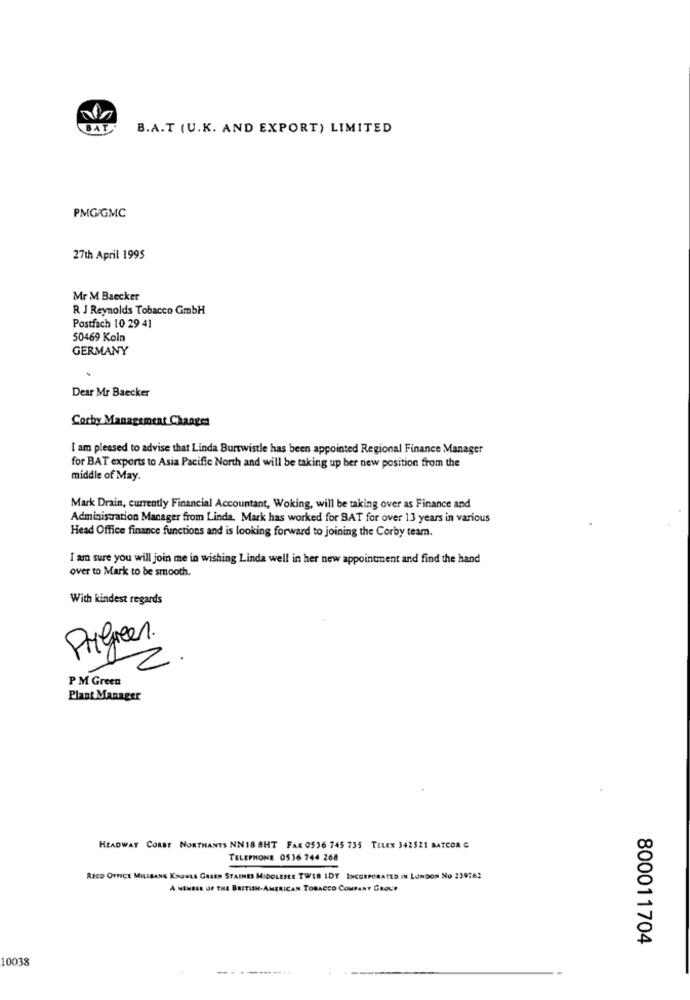
BAT
B.A.T (U.K. AND EXPORT) LIMITED
PMG/GMC
27th April 1995
Mr M Baecker
R J Reynolds Tobacco GmbH
Postfach 10 29 41
50469 Koln
GERMANY
Dear Mr Baecker
Corby Management Changes
I am pleased to advise that Linda Burtwistle has been appointed Regional Finance Manager
for BAT exports to Asia Pacific North and will be taking up ber new position from the
middle of May.
Mark Drain, currently Financial Accountant, Woking, will be taking over as Finance and
Administration Manager from Linda. Mark has worked for BAT for over 13 years in various
Head Office finance functions and is looking forward to joining the Corby team.
I am sure you will join me in wishing Linda well in her new appointment and find the hand
over to Mark to be smooth.
With kindest regards
2
P M Green
Plant Manager
HEADWAY CORSE NORTHANTS NN 18 SHT FAK 0536 745 735 TELEX 342521 BATCOR C
TELEPHONE 0536 744 268
RECD OFFICE MILLBANK KSURLS GASES STAINES MIDOLESEE TWIS IDY INCORPORATED IN LONDON NO 239762
A MEMBER OF THE BRITISH-AMERICAN TOBACCO COMPANY GROUP
800011704
10038
-------...